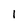
Character: 1